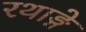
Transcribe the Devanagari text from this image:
रथाङ्गे